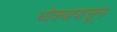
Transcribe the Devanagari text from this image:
धोक्यापासून